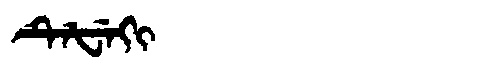
Manchu: ᡨᡝᡶᡝᡴᡳ
Romanization: TEFEKI